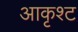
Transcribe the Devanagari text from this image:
आकृश्ट